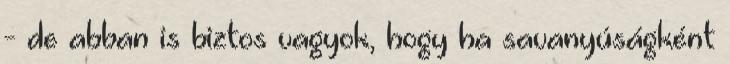
- de abban is biztos vagyok, hogy ha savanyúságként